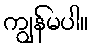
ကျွန်မပါ။